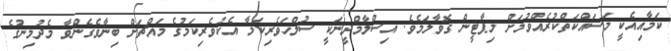
ކަމާއިއެކީ މަސައްކަތްކުރެއްވުމަށް މިޕާޓީން ގޮވާލަމެވެ. އިސްލާމްދީނަކީ ސުލްހަވެރިކަމާ އެކުވެރިކަމުގެ މައްޗަށް ބިނާވެގެންވާ މެދުމިނުގެ